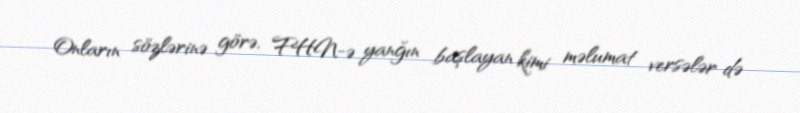
Onların sözlərinə görə, FHN-ə yanğın başlayan kimi məlumat versələr də